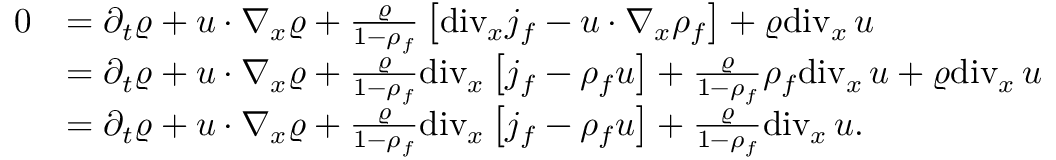
\begin{array} { r l } { 0 } & { = \partial _ { t } \varrho + u \cdot \nabla _ { x } \varrho + \frac { \varrho } { 1 - \rho _ { f } } \left[ \mathrm { d i v } _ { x } j _ { f } - u \cdot \nabla _ { x } \rho _ { f } \right] + \varrho \mathrm { d i v } _ { x } \, u } \\ & { = \partial _ { t } \varrho + u \cdot \nabla _ { x } \varrho + \frac { \varrho } { 1 - \rho _ { f } } \mathrm { d i v } _ { x } \left[ j _ { f } - \rho _ { f } u \right] + \frac { \varrho } { 1 - \rho _ { f } } \rho _ { f } \mathrm { d i v } _ { x } \, u + \varrho \mathrm { d i v } _ { x } \, u } \\ & { = \partial _ { t } \varrho + u \cdot \nabla _ { x } \varrho + \frac { \varrho } { 1 - \rho _ { f } } \mathrm { d i v } _ { x } \left[ j _ { f } - \rho _ { f } u \right] + \frac { \varrho } { 1 - \rho _ { f } } \mathrm { d i v } _ { x } \, u . } \end{array}